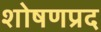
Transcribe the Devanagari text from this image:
शोषणप्रद